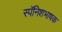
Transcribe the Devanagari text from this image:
स्पॅनिशभाषक